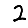
Digit: 2